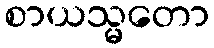
စာယသ္မတော